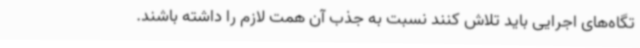
تگاه‌های اجرایی باید تلاش کنند نسبت به جذب آن همت لازم را داشته باشند.